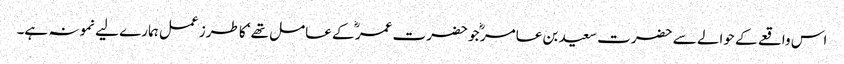
اس واقعے کے حوالے سے حضرت سعید بن عامر ؓ جو حضرت عمر ؓ کے عامل تھے‘ کا طرز عمل ہمارے لیے نمونہ ہے۔